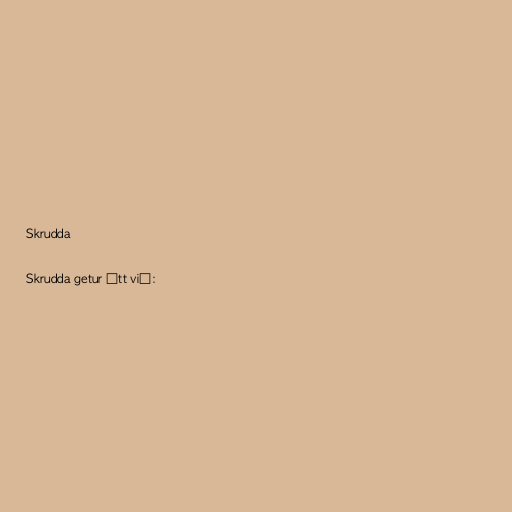
Skrudda

Skrudda getur átt við: